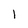
Character: 1